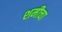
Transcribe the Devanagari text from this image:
शमीचा